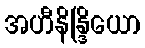
အဟီနိန္ဒြိယော